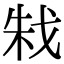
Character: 㦵